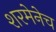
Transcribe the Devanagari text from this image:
शरमेनेच